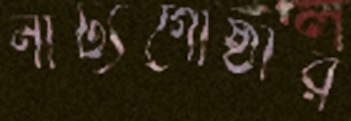
নাট্যগোষ্ঠীর